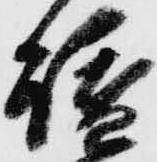
讃